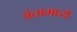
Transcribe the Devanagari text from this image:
अंतामध्ये